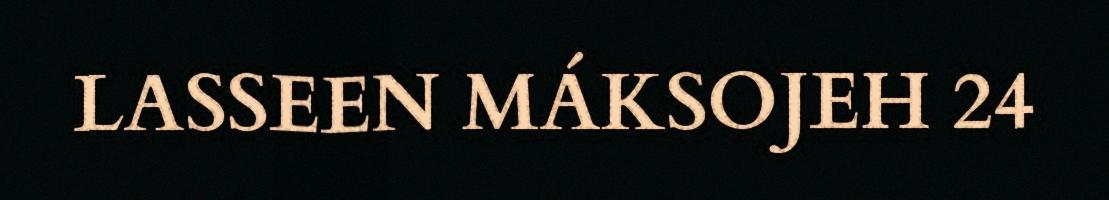
LASSEEN MÁKSOJEH 24